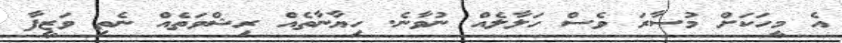
އެ މީހަކަށް މުސާރަ ވެސް ހަލާލެއް ނުވާނެ. ހިޔާނާތެއް ރިޝްވަތެއް ނެތި ވަޒީފާ